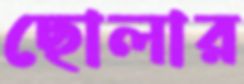
ছোলার